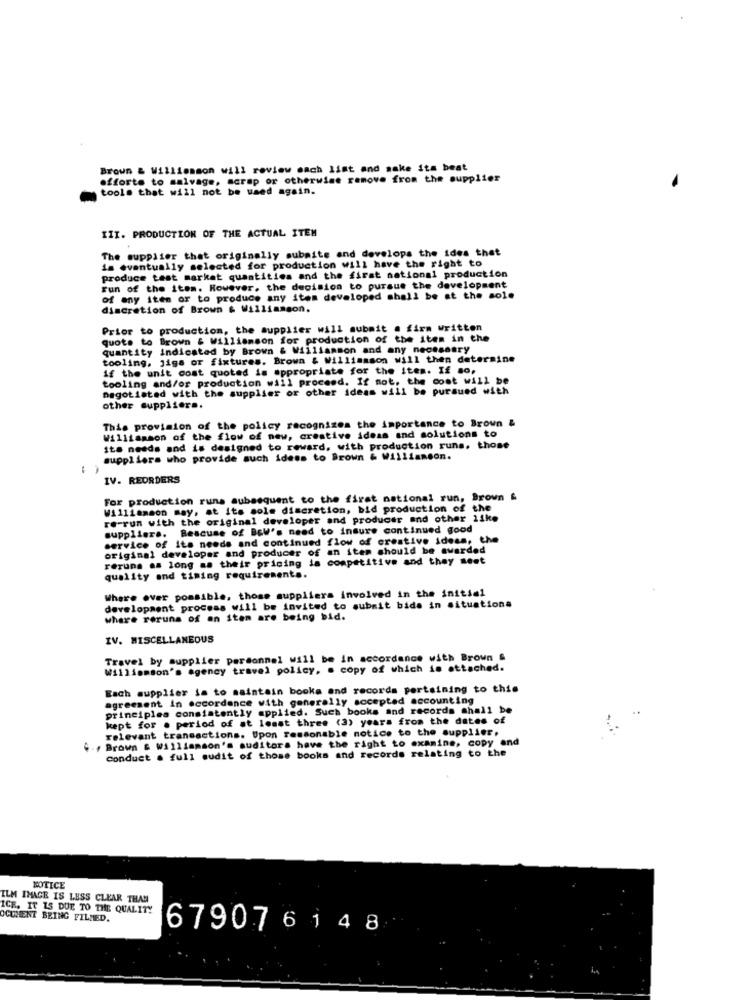
Brown & Williamson will review each list and make ita beat
offorte to salvage, scrap or otherwise remove from the supplier
tools that will not be used again.
III. PRODUCTION OF THE ACTUAL ITEM
The supplier that originally submite and develops the ides thet
is eventually selected for production will have the right to
produce test market quantities and the first national production
Fun of the item. However, the decision to pursue the development
of any item or to produce any item developed shall be at the sole
discretion of Brown & Williamson.
Prior to production, the supplier will submit a firm written
quote to Brown & Williamson for production of the item in the
quantity indicated by Brown & Williamson and any necessary
tooling, jigs or fixtures. Brown & Williamson will then determine
if the unit cost quoted is appropriate for the item. If so,
tooling and/or production will proceed. If not, the cost will be
negotiated with the supplier or other ideas will be pursued with
other suppliers.
This provision of the policy recognizes the importance to Brown &
Williamson of the flow of new, creative ideas and solutions to
Its needs and is designed to reward, with production runs. those
suppliers who provide such idess to Brown & Williamson.
IV. REORDERS
For production runs subsequent to the first national run, Brown &
Williamson may, at its sole discretion, bid production of the
re-run with the original developer and producer and other like
suppliers. Beacuse of BoW's need to insure continued good
service of its needs and continued flow of creative ideas, the
original developer and producer of an item should be awarded
reruns as long as their pricing is competitive and they meet
quality and timing requirements.
Where ever possible, those suppliers involved in the initial
development process will be invited to submit bids in situationa
where reruns of an item are being bid.
IV. MISCELLANEOUS
Travel by supplier personnel will be in accordance with Brown &
Williamson's agency travel policy, a copy of which is attached.
Each supplier is to maintain books and records pertaining to this
agreement in accordance with generally accepted accounting
principles consistently applied. Such books and records shall be
kept for . period of at least three (3) years from the dates of
relevant transactions. Upon Tessonable notice to the supplier.
., Brown & Williamson's auditors have the right to examine, copy and
Conduct . full audit of those books and records relating to the
NOTICE
ILM IMAGE IS LESS CLEAR THAN
ICE. IT IS DUE TO THE QUALITY
OCUMENT BEING FILMED.
679076148